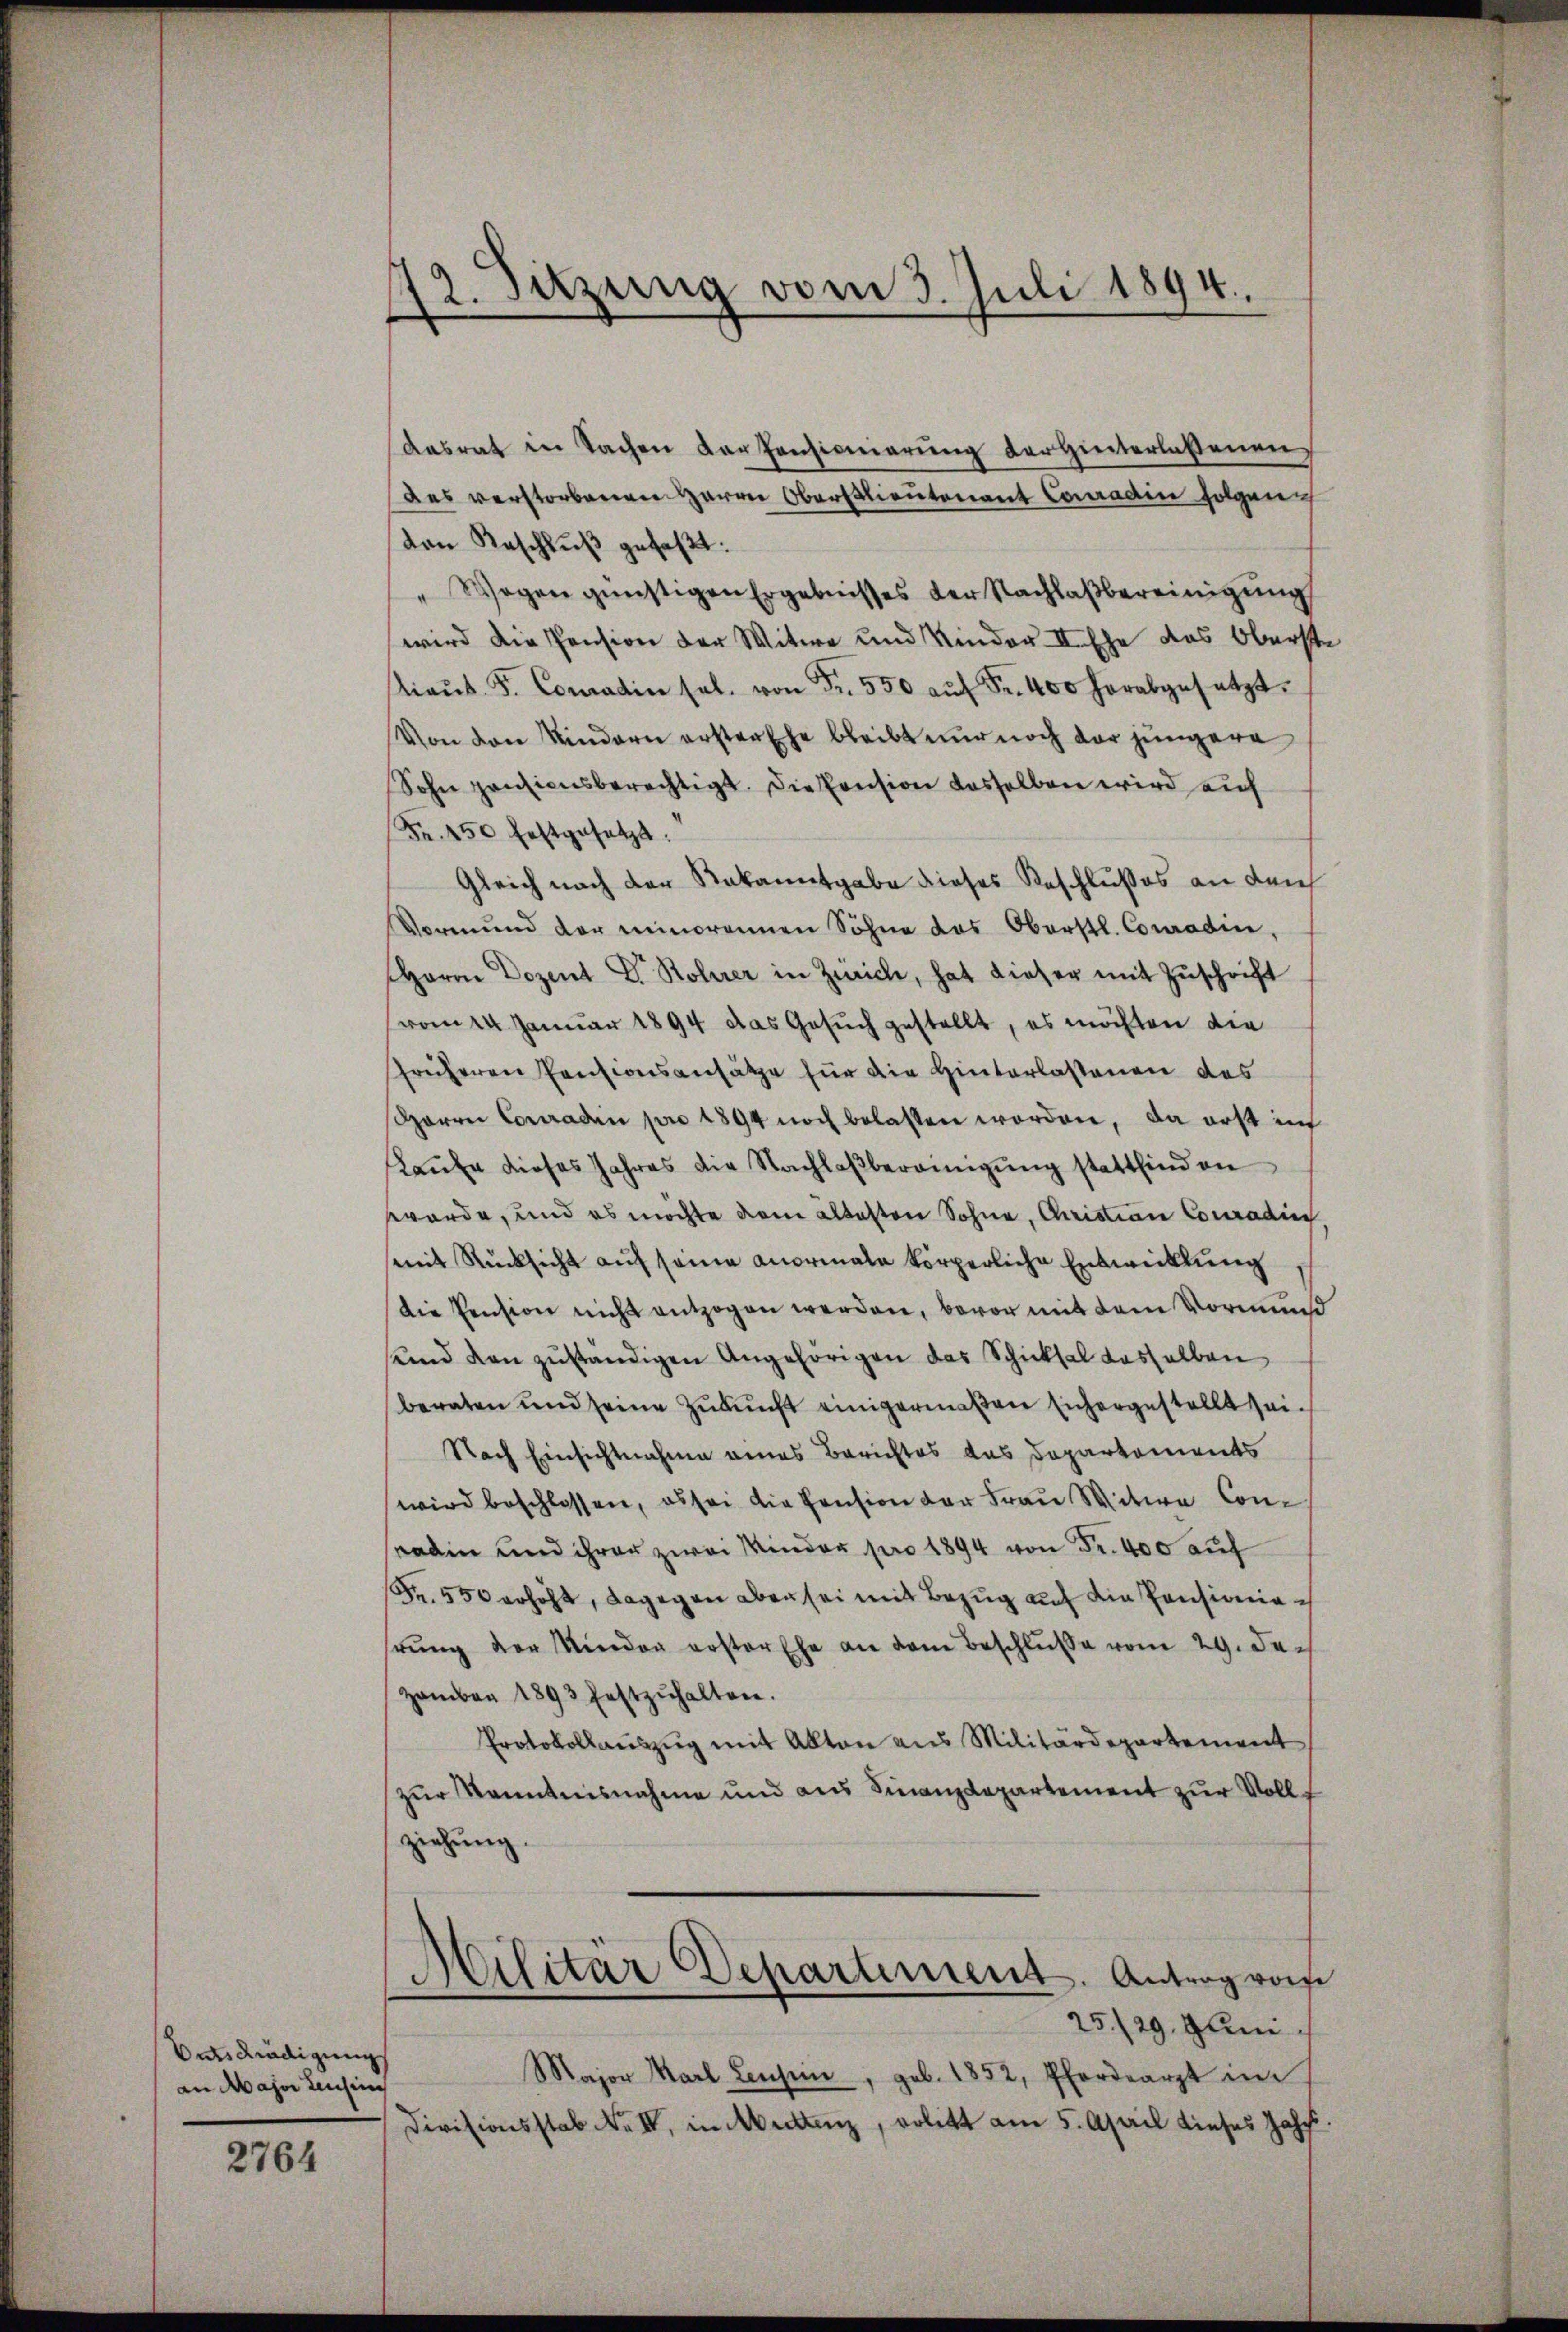
Ontsgnädigungs
an Major Leichen

2764

12. Sitzung vom 3. Juli 1894.

Aasrat in Sachen der Pensionierung der Hinterlassenen
des verstorbenen Herrn Oberstlieutenant Conradin folgen
von Reschlŭβ gefaßt:
" Wegen günstigen Ergebnisses der Nachlaßbereinigung
wird die Pension der Witwe und Kinder II. Ehe das Oberst
iaŭt. F. Conradin sel. von Fr. 550 aŭf Fr. 400 herabgesetzt.
Von den Kindern ersten Ehe bleibt nur noch der jüngere
Sohn pensionsberechtigt. Die Pension dasselben wird auf
Fr. 450 festgesetzt.
Gleich nach der Rekanntgabe dieses Beschlusses an den
Vormund der meinerannen Söhne das Oberstl. Comadin,
Herrn Dozent Dr. Rohrer in Zürich, hat dieser mit Zuschrift
vom 24. Januar 1894 das Gesuch gestellt, es möchten die
früheren Pensionsansätze für die Hinterlassenen des
Harrn Conraden pro 1894 noch belasten worden, da erst in
Kaŭte dieses Jahres die Nachlaβberamigŭng stattfind an
werde, und es möchte dem ältesten Sohne, Christian Conradin
mit Rücksicht auf seine Anormale körperliche Entwicklung
Die Pension nicht entzogen werden, bevor mit dem Vormund
send den zuständigen Angehörigen das Schicksal dasselben
beraten und seine Zukunft einigermaßen Eichergestellt sei¬
Nach Einsichtnahme eines Berichtes das Departements
wird beschlossen, es sei die Pension der Frau Witwe Consadin und ihrer zwei Winder pro 1894 von Fr. 400 auf
Fr. 550 erhöht, dagegen aber sei mit Bezug auf die Pensioniehrung der Nieder erster Ehe an dem Beschluße vom 29. Dec
Hamber 1893 festzŭhalten.
Protokollaŭszŭg mit Akten aus Militärdepartement
zur Kenntnisnahme und aus Finanzdepartement zur Vollf
ziehung.
Militär Departiment. Antrag rois
.
25./29. Juni
Major Karl Lensein, geb. 1852, Pferdearzt im
Divisionsstab Nr. IV., in Mittenz, erlitt am 5. April dieses Jahr